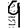
Digit: 9